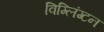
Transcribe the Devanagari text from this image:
विम्लिंग्टन